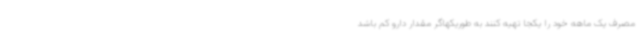
مصرف یک ماهه خود را یکجا تهیه کنند به طوریکهاگر مقدار دارو کم باشد